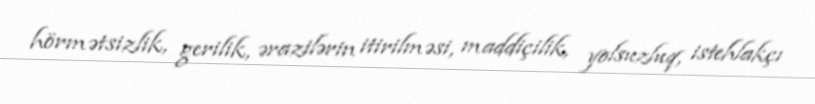
hörmətsizlik, gerilik, ərazilərin itirilməsi, maddiçilik, yolsuzluq, istehlakçı